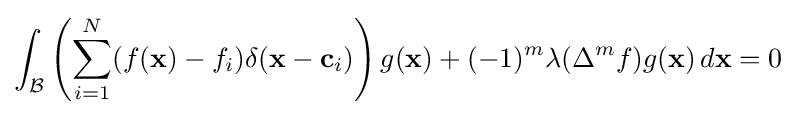
\int _{\mathcal {B}}\left(\sum _{i=1}^{N}(f(\mathbf {x} )-f_{i})\delta (\mathbf {x} -\mathbf {c} _{i})\right)g(\mathbf {x} )+(-1)^{m}\lambda (\Delta ^{m}f)g(\mathbf {x} )\,d\mathbf {x} =0